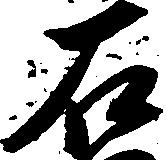
石